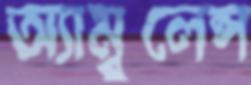
অ্যাম্বুলেন্স